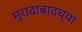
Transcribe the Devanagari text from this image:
मुरादाबादच्या